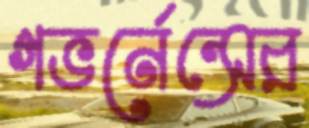
গভর্নেন্সের